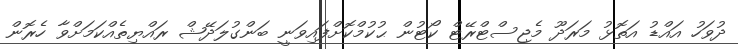
ދުވަހު އައްޑު އަތޮޅު މަރަދޫ މެޖިސްޓްރޭޓް ކޯޓުން ޙުކުމްކޮށްފައިވަނީ ބަންގުލަދޭޝް ރައްޔިތެއްކަމަށްވާ ހެރޮން